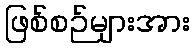
ဖြစ်စဉ်များအား